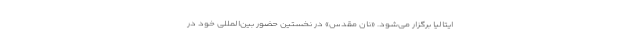
ایتالیا برگزار می‌شود. «نان مقدس» در نخستین حضور بین‌المللی خود در